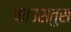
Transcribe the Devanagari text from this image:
फाउसतुस